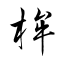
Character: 桙